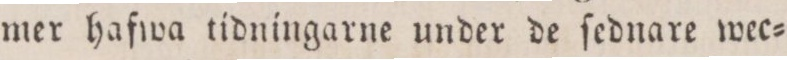
mer hafwa tidningarne under de ſednare wec=